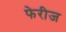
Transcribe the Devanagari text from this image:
फेरीज